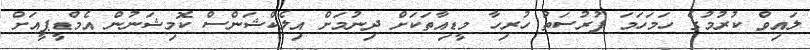
ލައިވް ކުރުމުގެ ހަމަހަމަ ފުރުސަތު ހުރިހާ މީޑިއާތަކަށް ދިނުމަށް އިލެކްޝަންސް ކޮމިޝަނުން އެމްޑީޕީއަށް